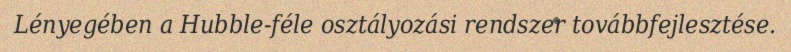
Lényegében a Hubble-féle osztályozási rendszer továbbfejlesztése.